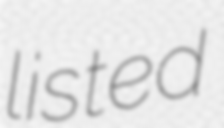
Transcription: listed